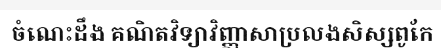
ចំណេះដឹង គណិតវិទ្យាវិញ្ញាសាប្រលងសិស្សពូកែ